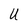
Character: U